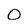
Character: 0